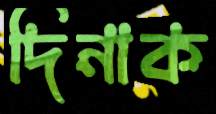
দিনাক